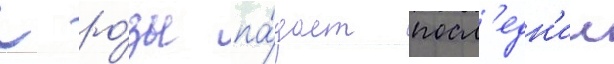
С ро́зы па́дает посл'едн'ии